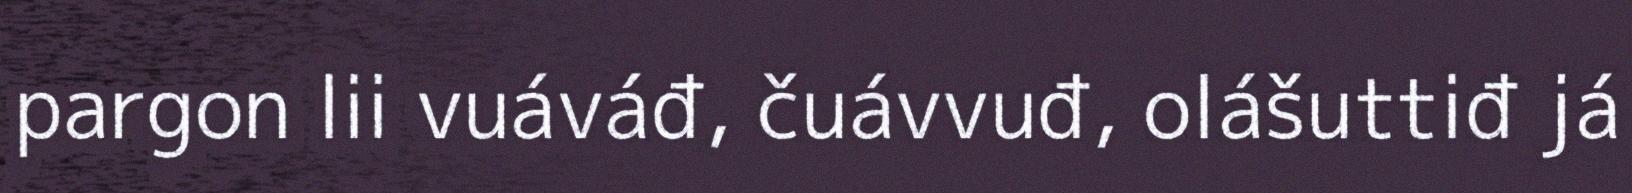
pargon lii vuáváđ, čuávvuđ, olášuttiđ já